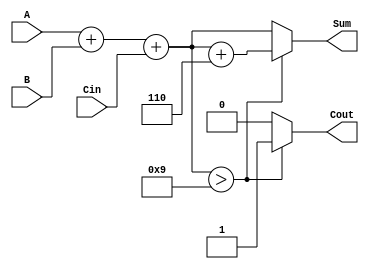
module BCD_Parallel_Adder (
    input  wire [3:0] A,      // First BCD digit
    input  wire [3:0] B,      // Second BCD digit
    input  wire Cin,          // Carry input
    output reg  [3:0] Sum,    // BCD sum output
    output reg  Cout          // Carry output
);

    wire [4:0] RawSum;        // 5-bit to accommodate carry
    wire Correction;           // Correction needed signal

    // Step 1: Calculate the initial sum of A, B, and Cin
    assign RawSum = A + B + Cin;

    // Step 2: Determine if correction is needed
    assign Correction = RawSum[3:0] > 4'b1001; // Check if RawSum exceeds 9

    // Step 3: Calculate final sum and carry output
    always @(*) begin
        if (Correction) begin
            Sum = RawSum[3:0] + 4'b0110; // Apply correction
            Cout = 1;                    // Set carry out
        end else begin
            Sum = RawSum[3:0];           // No correction needed
            Cout = 0;                    // No carry out
        end
    end

endmodule